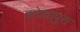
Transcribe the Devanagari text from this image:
कोल्लापुरा